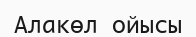
Алакөл ойысы